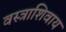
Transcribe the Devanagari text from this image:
वस्त्राशिवाय